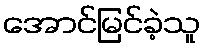
အောင်မြင်ခဲ့သူ